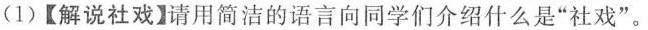
(1)【解说社戏】请用简洁的语言向同学们介绍什么是“社戏”。